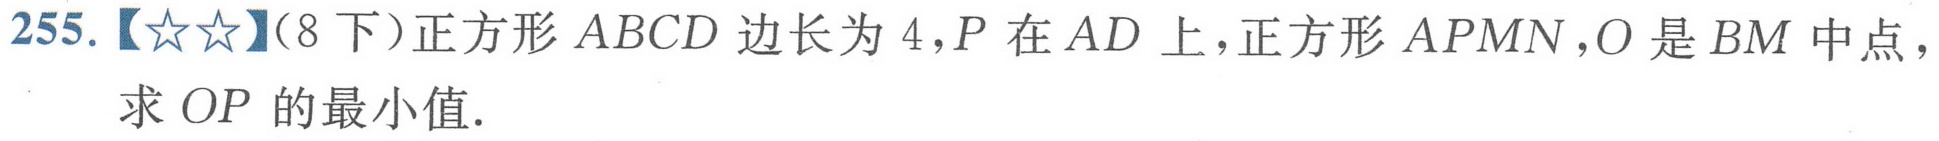
255.【☆☆】(8下）正方形$ABCD$边长为$4$，$P$在$AD$上，正方形$APMN$，$O$是$BM$中点，
求$OP$的最小值.